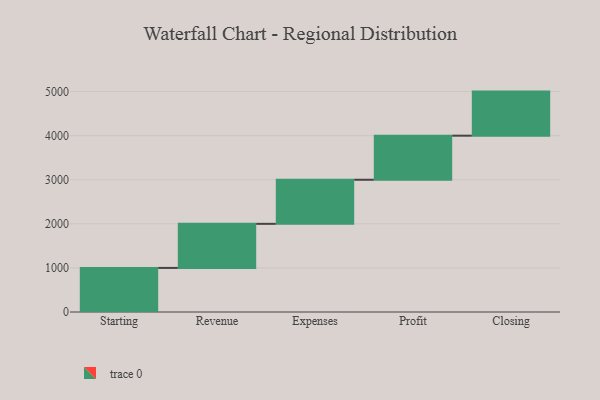
{"axis": {"x": "Step", "y": "Value"}, "legend": [""], "data": [{"x": "Starting", "y": 1000, "type": ""}, {"x": "Revenue", "y": 1000, "type": ""}, {"x": "Expenses", "y": 1000, "type": ""}, {"x": "Profit", "y": 1000, "type": ""}, {"x": "Closing", "y": 1000, "type": ""}]}